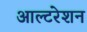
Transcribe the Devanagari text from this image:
आल्टरेशन